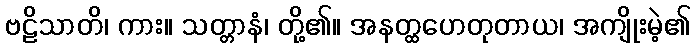
ဗဠိသာတိ၊ ကား။ သတ္တာနံ၊ တို့၏။ အနတ္ထဟေတုတာယ၊ အကျိုးမဲ့၏